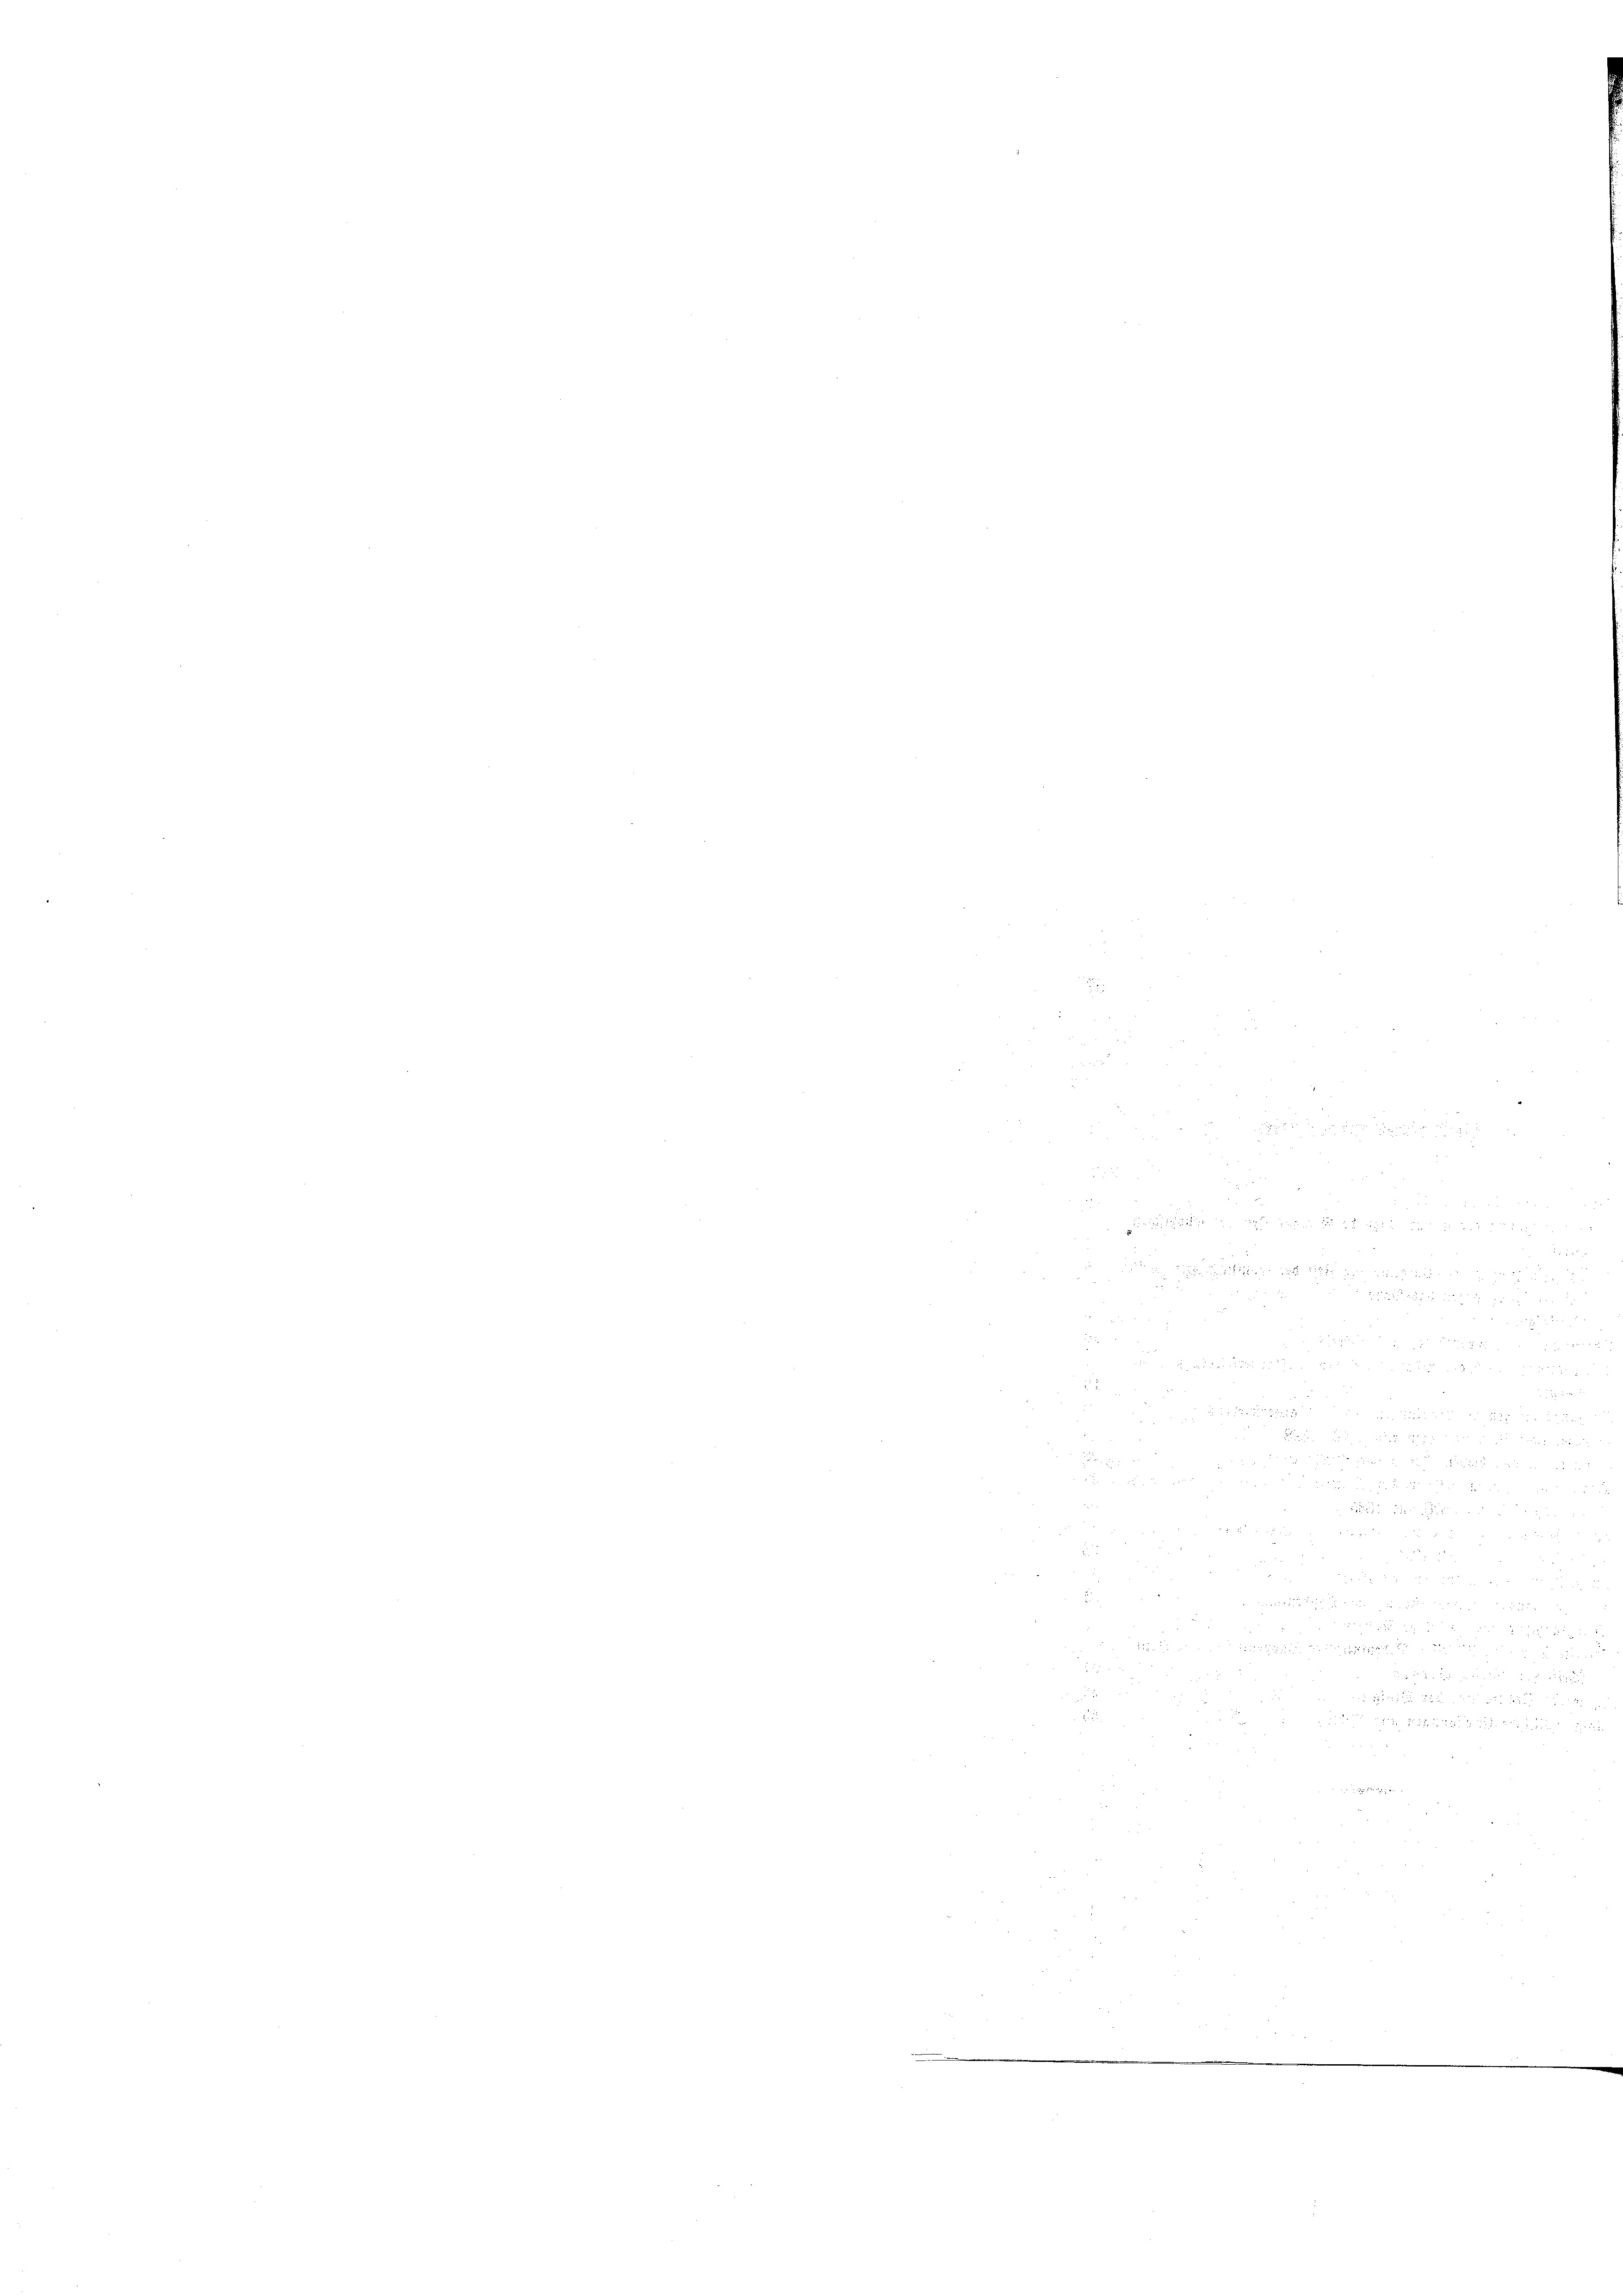
e

de